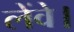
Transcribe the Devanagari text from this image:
लेंवे।